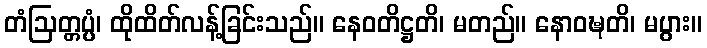
တံဩတ္တပ္ပံ၊ ထိုထိတ်လန့်ခြင်းသည်။ နေဝတိဋ္ဌတိ၊ မတည်။ နောဝဍ္ဎတိ၊ မပွား။